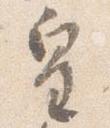
皇